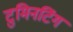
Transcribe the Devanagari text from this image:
टुमिनटिंग